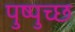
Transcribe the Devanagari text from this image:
पुष्पुच्छ